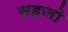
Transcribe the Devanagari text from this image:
सहजो